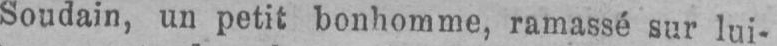
Soudain, un petit bonhomme, ramassé sur lui-